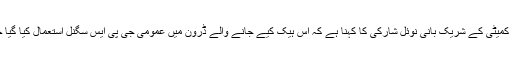
روبوٹ ہتھیاروں پر کنٹرول کی بین الاقوامی کمیٹی کے شریک بانی نوئل شارکی کا کہنا ہے کہ اس ہیک کیے جانے والے ڈرون میں عمومی جی پی ایس سگنل استعمال کیا گیا جسے مسافر طیارے بھی استعمال کرتے ہیں۔